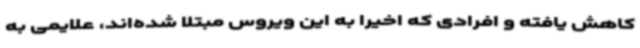
کاهش یافته و افرادی که اخیرا به این ویروس مبتلا شده‌اند، علایمی به